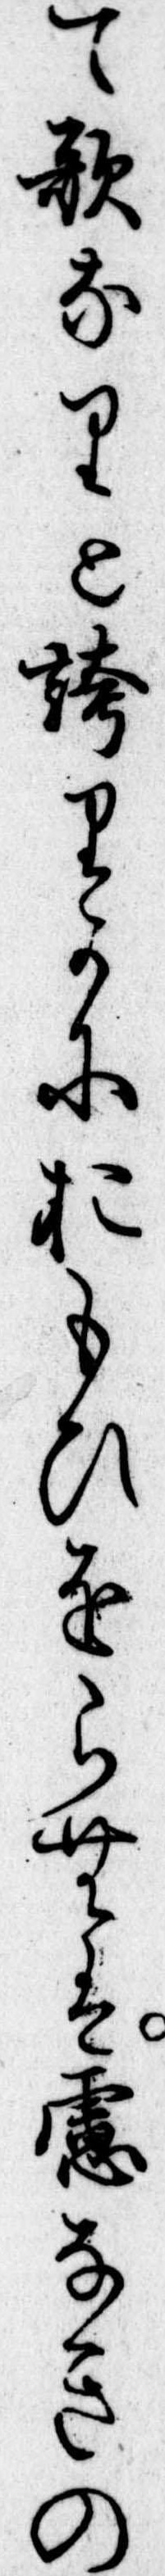
て歌なりと誇りかにおもひをらむは慮なきの